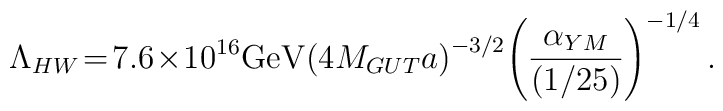
\Lambda_{HW}\!=\!7.6\!\times\! 10^{16} {\rm GeV}\! \left(4 M_{GUT}a\right)^{-3/2}\! \left(\frac{\alpha_{YM}}{(1/25)}\right)^{-1/4}.